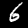
Label: 6